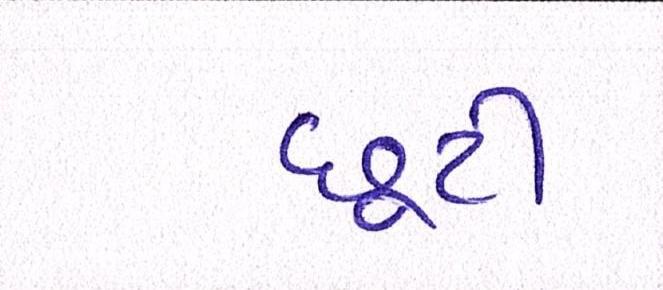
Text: છૂટી